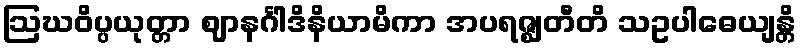
ဩဃဝိပ္ပယုတ္တာ ဈာနင်္ဂါဒိနိယာမိကာ အပရဇ္ဈတီတိ သဥပါဓေယျန္တိ